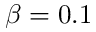
\beta = 0 . 1